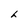
Character: h